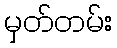
မှတ်တမ်း